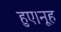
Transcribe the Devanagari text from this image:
हुए।नूह